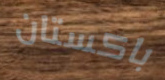
باكستان